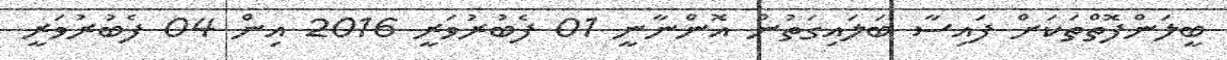
ބީލަންފޮތްތަކަށް ފައިސާ ބަލައިގަތުން އޮންނާނީ 01 ފެބުރުވަރީ 2016 އިން 04 ފެބުރުވަރީ